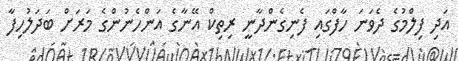
އަދި ފިލްމުގެ ދެވަނަ ހާފްގައި ފެނިގެންދާނީ ރިތިކް އޭނާގެ އަންހެނުންގެ މަރަށް ބަދަލުހިފާ